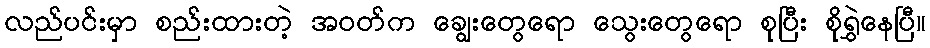
လည်ပင်းမှာ စည်းထားတဲ့ အဝတ်က ချွေးတွေရော သွေးတွေရော စုပြီး စိုရွှဲနေပြီ။